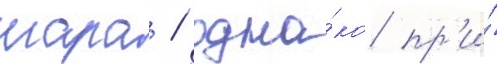
шара / одна́ко пр'и́